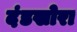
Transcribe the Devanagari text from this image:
दंडखोरा